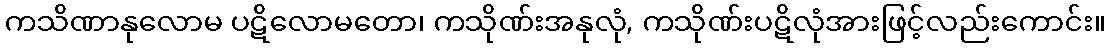
ကသိဏာနုလောမ ပဋိလောမတော၊ ကသိုဏ်းအနုလုံ, ကသိုဏ်းပဋိလုံအားဖြင့်လည်းကောင်း။